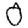
Digit: 0